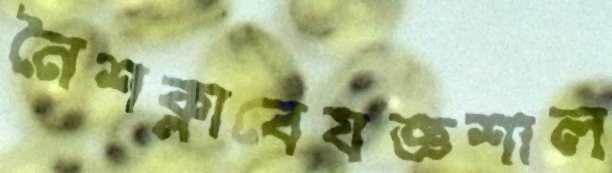
নৈশক্লাবেযজ্ঞশাল